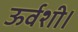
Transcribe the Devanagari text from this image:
ऊर्वशी।